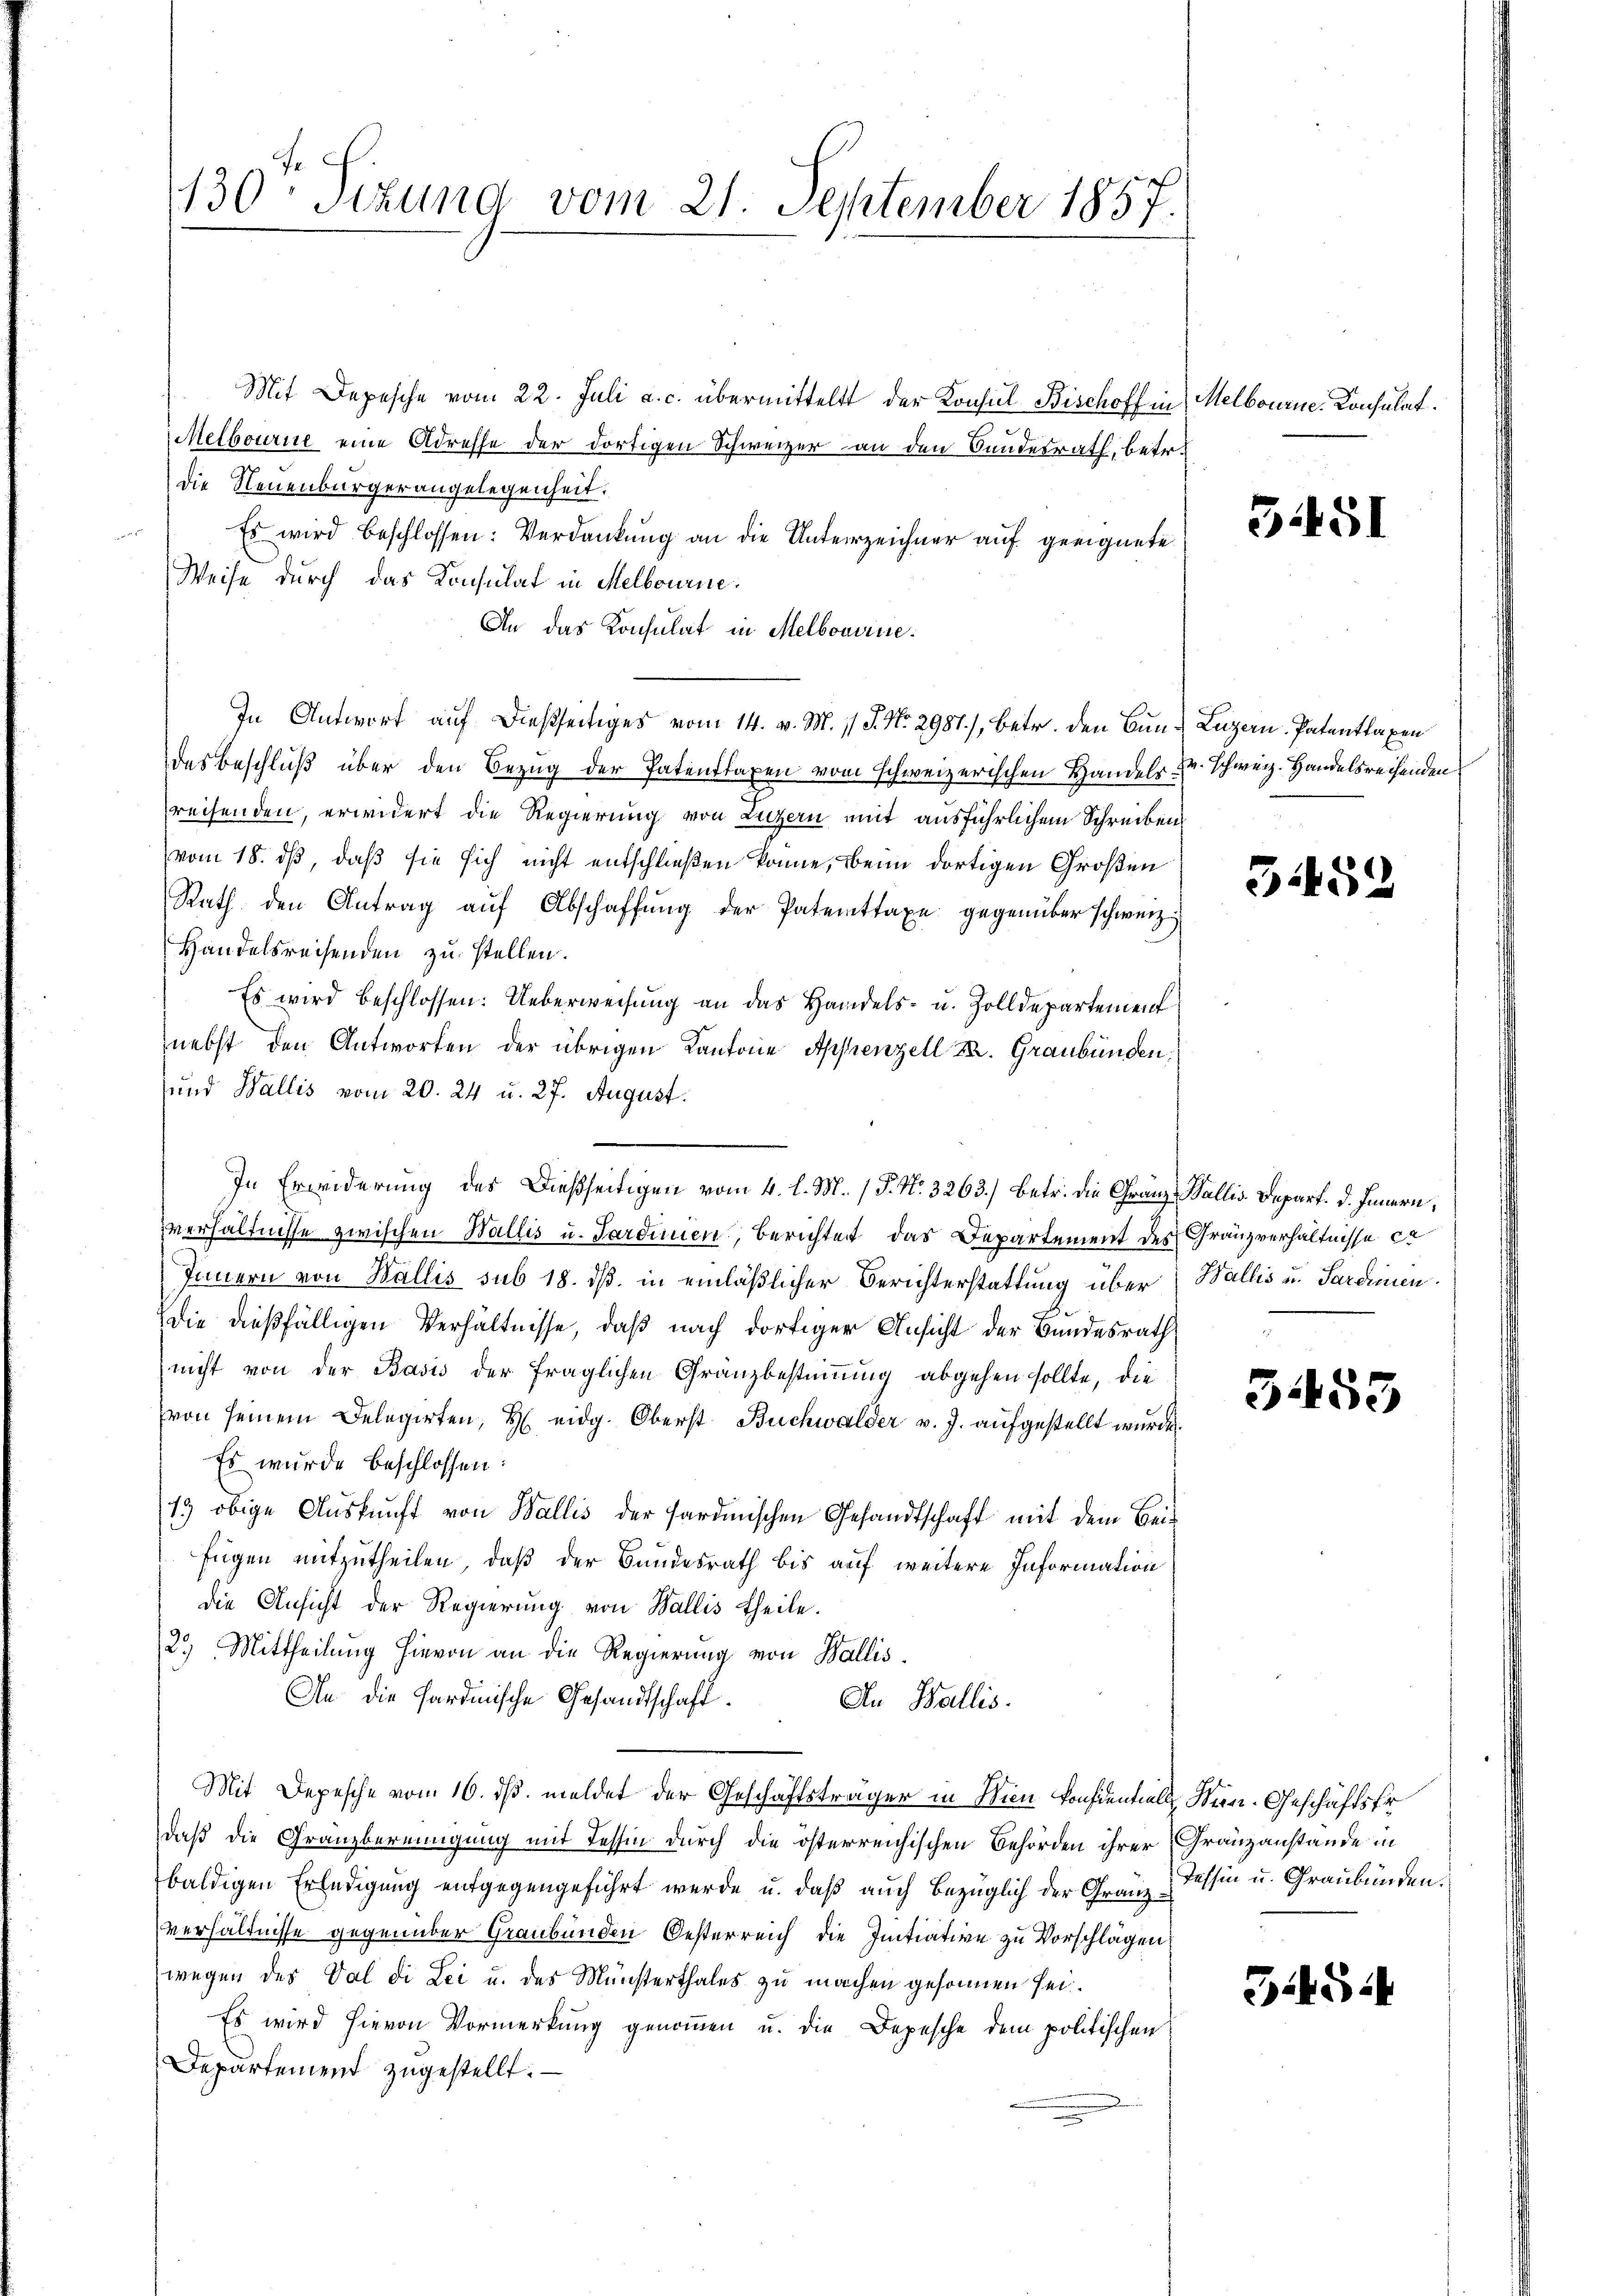
130ten Sizung vom 21. September 1857.

Mit Depesche vom 22. Juli a. c. übermittelt der Konsul Bischoff in Melbourne-Konsulat
Melbourne eine Adresse der dortigen Schweizer an den Bundesrath, betr.
die Neuenburgerangelegenheit.
 Es wird beschlossen: Verdankung an die Unterzeichner auf geeignete
Weise durch das Konsulat in Melbourne.
An das Konsulat in Melbomine.
In Antwort auf dießseitiges vom 14. v. M. 11 S. Nr. 2987), betr. den Bun- Luzern. Patentlaxen
des Beschluß über den Bezug der Patentstaxen vom schweizerischen Handels u. schweiz. Handelsrechenden
reisenden, erwidert die Regierung von Luzern mit ausführlichem Schreiben
vom 18. ds, daß sie sich nicht entschließen könne, beim dortigen Großen
Rath den Antrag aŭf Abschaffŭng der Patenttaxe gegenüber schwerz
Handelsreisenden zu stellen.
Es wird beschlossen: Ueberweisung an das Handels- u. Zolldepartement
nebst den Antworten der übrigen Kantone Appenzell z. Graubünden,
und Wallis vom 20. 24 u. 27. August.
verhältnisse zwischen Wallis u. Sardinien, berichtet das Departement des Granzverhältnisse ca
Innern von Wallis sub 18. dß. in einläßlicher Berichterstattung über Wallis u. Sardinen
die dießfälligen Verhältnisse, daß nach dortiger Ansicht der Bundesrath
nicht von der Basis der fraglichen Granzbestimmung abgehen sollte, die
von seinem Delegirten, H. eidg. Oberst Buchwalder v. J. aufgestellt wurde.
Es wurde beschlossen:
19 obige Auskunft von Wallis der sardinischen Gesandtschaft mit dem Beifügen mitzutheilen, daß der Bundesrath bis auf weitere Information
die Ansicht der Regierung von Wallis theile.
2.) Mittheilung hievon an die Regierung von Wallis.
An die Sardinische Gesandtschaft.
An Wallis.
Mit Depesche vom 16. ds. meldet der Geschäftsträger in Nien Konfientials San. Geschäftsfr
daß die Gränzbereinigung mit Tessin durch die österreichischen Behörden ihrer Granzanstände in
baldigen Erledigung entgegengeführt werde u. daß auch bezüglich der Gränz Tessin u. Graubünden.
verhältnisse gegenüber Graubünden Oesterreich die Initiative zu Vorschlägen
wegen des Val di Lei u. des Münsterthales zu machen gesonnen sei.
Es wird hievon Vormerkung genommen u. die Depesche dem politischen
Departement zugestellt. —

In Erwiderung des Dießseitigen vom 4. l. M. / P. Nr. 3263.) Betr. die Gränz - Wallis. Depart. d. Innern,

5451

3452

3455

3.45